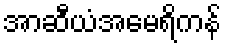
အာဆီယံအမေရိကန်